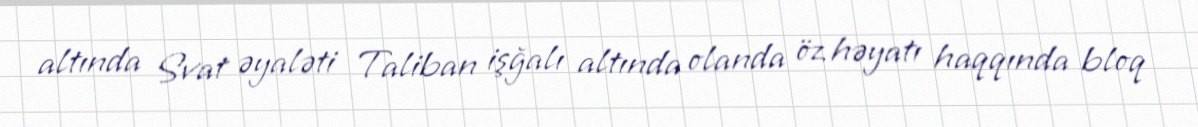
altında Svat əyaləti Taliban işğalı altında olanda öz həyatı haqqında bloq